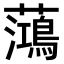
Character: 𫊓